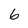
Character: 6